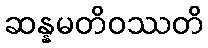
ဆန္နမတိဝဿတိ